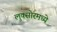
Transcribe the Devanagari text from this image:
लुक्सोरमध्ये